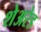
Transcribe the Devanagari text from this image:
शेअरेड